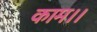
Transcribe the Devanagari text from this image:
काम।।